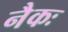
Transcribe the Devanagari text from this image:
नैकः